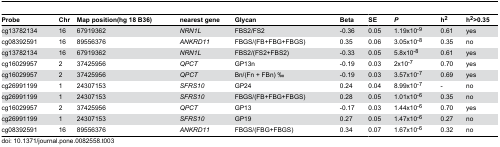
<table><thead><tr><td><b>Probe</b></td><td><b>Chr</b></td><td><b>Map position(hg 18 B36)</b></td><td><b>nearest gene</b></td><td><b>Glycan</b></td><td><b>Beta</b></td><td><b>SE</b></td><td><b><i>P</i></b></td><td><b>h<sup>2</sup></b></td><td><b>h<sup>2</sup>&gt;0.35</b></td></tr></thead><tbody><tr><td>cg13782134</td><td>16</td><td>67919362</td><td><i>NRN1L</i></td><td>FBS2/FS2</td><td>-0.36</td><td>0.05</td><td>1.19x10<sup>-9</sup></td><td>0.61</td><td>yes</td></tr><tr><td>cg08392591</td><td>16</td><td>89556376</td><td><i>ANKRD11</i></td><td>FBGS/(FB+FBG+FBGS)</td><td>0.35</td><td>0.06</td><td>3.05x10<sup>-8</sup></td><td>0.35</td><td>no</td></tr><tr><td>cg13782134</td><td>16</td><td>67919362</td><td><i>NRN1L</i></td><td>FBS2/(FS2+FBS2)</td><td>-0.33</td><td>0.05</td><td>5.8x10<sup>-8</sup></td><td>0.61</td><td>yes</td></tr><tr><td>cg16029957</td><td>2</td><td>37425956</td><td><i>QPCT</i></td><td>GP13n</td><td>-0.19</td><td>0.03</td><td>2x10<sup>-7</sup></td><td>0.70</td><td>yes</td></tr><tr><td>cg16029957</td><td>2</td><td>37425956</td><td><i>QPCT</i></td><td>Bn/(Fn + FBn) ‰</td><td>-0.19</td><td>0.03</td><td>3.57x10<sup>-7</sup></td><td>0.69</td><td>yes</td></tr><tr><td>cg26991199</td><td>1</td><td>24307153</td><td><i>SFRS10</i></td><td>GP24</td><td>0.24</td><td>0.04</td><td>8.99x10<sup>-7</sup></td><td>-</td><td>no</td></tr><tr><td>cg26991199</td><td>1</td><td>24307153</td><td><i>SFRS10</i></td><td>FBGS/(FB+FBG+FBGS)</td><td>0.28</td><td>0.05</td><td>1.01x10<sup>-6</sup></td><td>0.35</td><td>no</td></tr><tr><td>cg16029957</td><td>2</td><td>37425956</td><td><i>QPCT</i></td><td>GP13</td><td>-0.17</td><td>0.03</td><td>1.44x10<sup>-6</sup></td><td>0.70</td><td>yes</td></tr><tr><td>cg26991199</td><td>1</td><td>24307153</td><td><i>SFRS10</i></td><td>GP19</td><td>0.27</td><td>0.05</td><td>1.47x10<sup>-6</sup></td><td>0.27</td><td>no</td></tr><tr><td>cg08392591</td><td>16</td><td>89556376</td><td><i>ANKRD11</i></td><td>FBGS/(FBG+FBGS)</td><td>0.34</td><td>0.07</td><td>1.67x10<sup>-6</sup></td><td>0.32</td><td>no</td></tr></tbody></table>